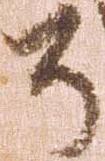
了